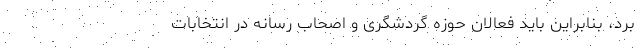
برد، بنابراین باید فعالان حوزه گردشگری و اصحاب رسانه در انتخابات